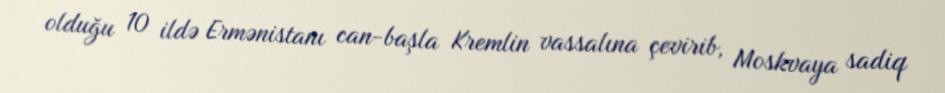
olduğu 10 ildə Ermənistanı can-başla Kremlin vassalına çevirib, Moskvaya sadiq